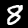
Digit: 8